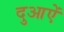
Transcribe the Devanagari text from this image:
दुआऐं